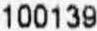
100139